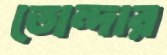
তোন্দার